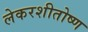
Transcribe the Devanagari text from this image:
लेकरशीतोष्ण